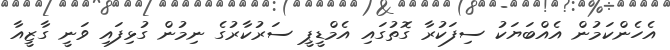
އެހެންކަމުން އެއްބަޔަކު ސިފަކުރާ ގޮތުގައި އެމްޑީޕީ ސަރުކާރުގެ ނިމުން ގުޅިފައި ވަނީ ގާޒީއާ